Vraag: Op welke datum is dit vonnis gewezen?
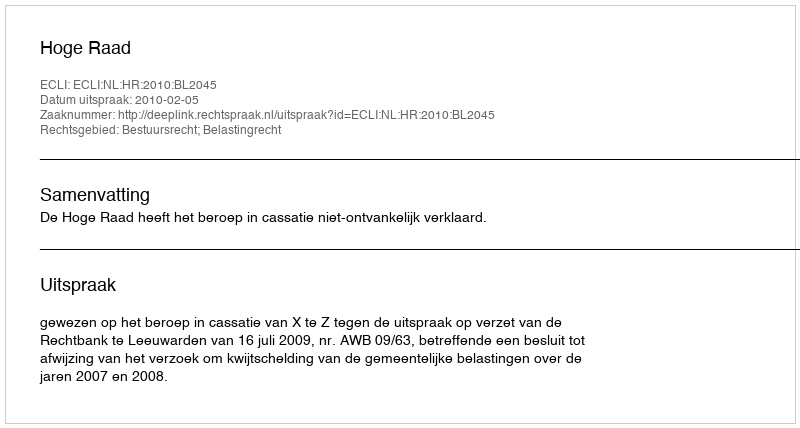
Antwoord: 2010-02-05